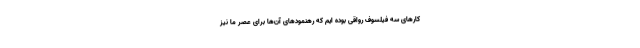
کار‌های سه فیلسوف رواقی بوده ایم که رهنمودهای آن‌ها برای عصر ما نیز